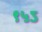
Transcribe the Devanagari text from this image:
९५ऽ